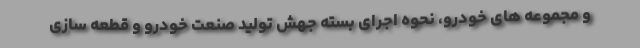
و مجموعه های خودرو، نحوه اجرای بسته جهش تولید صنعت خودرو و قطعه سازی